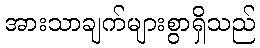
အားသာချက်များစွာရှိသည်